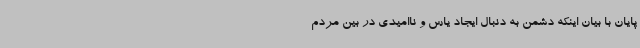
پایان با بیان اینکه دشمن به دنبال ایجاد یاس و ناامیدی در بین مردم